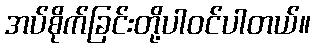
အပ်စိုက်ခြင်းတို့ပါဝင်ပါတယ်။